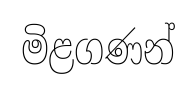
මිළගණන්